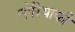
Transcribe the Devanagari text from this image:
नोरियाकी